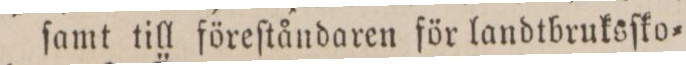
ſamt till föreſtåndaren för landtbruksſko=